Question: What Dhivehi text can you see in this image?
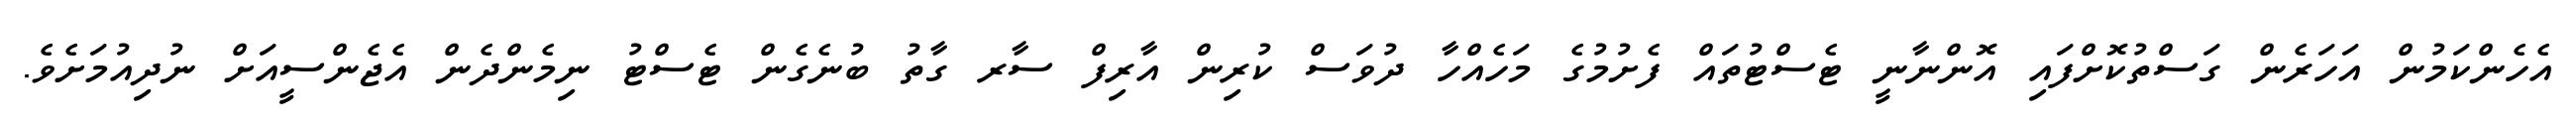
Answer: އެހެންކަމުން އަހަރެން ގަސްތުކޮށްފައި އޮންނާނީ ޓެސްޓުތައް ފެށުމުގެ މަހެއްހާ ދުވަސް ކުރިން އާރިފް ސާރ ގާތު ބުނެގެން ޓެސްޓު ނިމެންދެން އެޖެންސީއަށް ނުދިއުމަށެވެ.